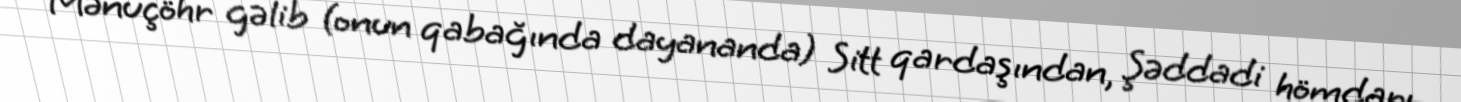
Mənuçöhr gəlib (onun qabağında dayananda) Sitt qardaşından, Şəddadi hömdarı